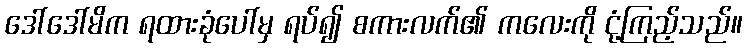
ဒေါ်ဒေါ်မိက ရထားခုံပေါ်မှ ရပ်၍ စကားလက်၏ ကလေးကို ငုံ့ကြည့်သည်။